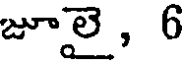
జూలై, 6